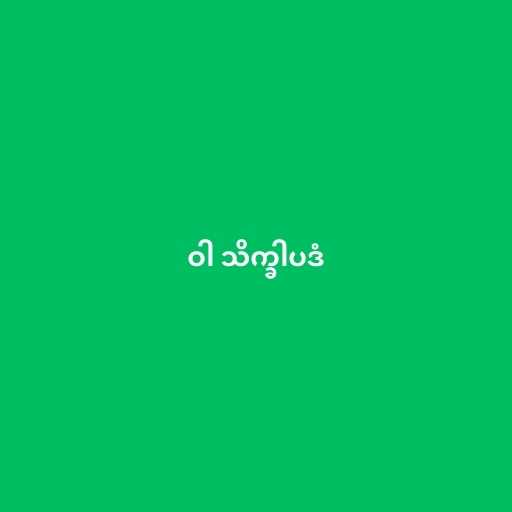
ဝါ သိက္ခါပဒံ